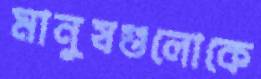
মানুষগুলোকে